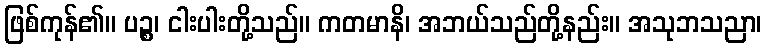
ဖြစ်ကုန်၏။ ပဉ္စ၊ ငါးပါးတို့သည်။ ကတမာနိ၊ အဘယ်သည်တို့နည်း။ အသုဘသညာ၊